Report of the Indian Hemp Drugs Commission, 1894-1895 - Volume III
Year: 1894
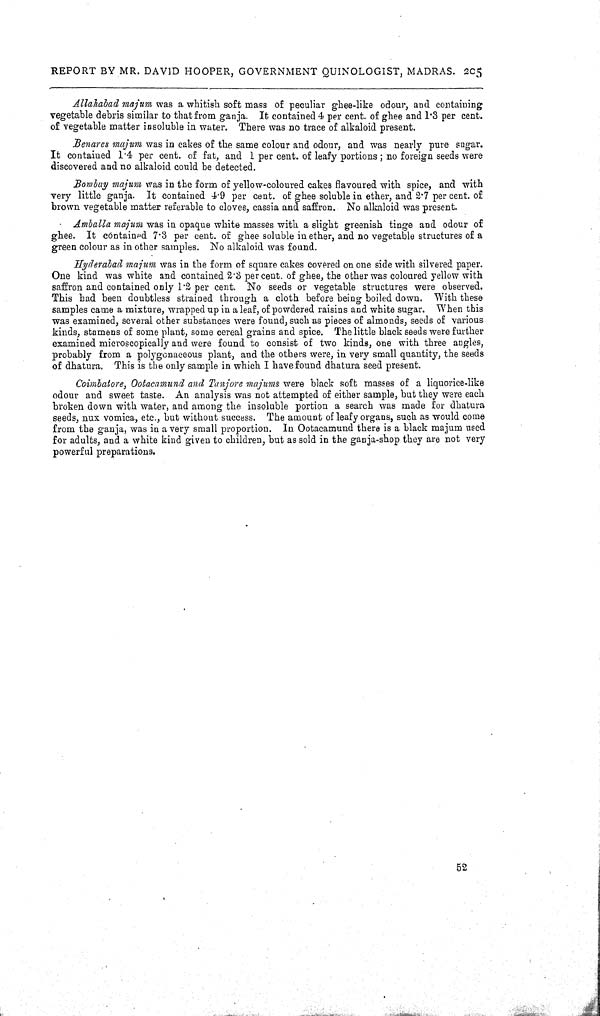
REPORT BY MR. DAVID HOOPER, GOVERNMENT QUINOLOGIST, MADRAS. 205
Allahabad majum was a whitish soft mass of peculiar ghee-like odour, and containing
vegetable debris similar to that from ganja. It contained 4 per cent. of ghee and 1.3 per cent.
of vegetable matter insoluble in water. There was no trace of alkaloid present.
Benares majum was in cakes of the same colour and odour, and was nearly pure sugar.
It contained 1.4 per cent. of fat, and 1 per cent. of leafy portions; no foreign seeds were
discovered and no alkaloid could be detected.
Bombay majum was in the form of yellow-coloured cakes flavoured with spice, and with
very little ganja. It contained 4.9 per cent. of ghee soluble in ether, and 2.7 per cent. of
brown vegetable matter referable to cloves, cassia and saffron. No alkaloid was present.
Amballa majum was in opaque white masses with a slight greenish tinge and odour of
ghee. It contained 7.3 per cent. of ghee soluble in ether, and no vegetable structures of a
green colour as in other samples. No alkaloid was found.
Hyderabad majum was in the form of square cakes covered on one side with silvered paper.
One kind was white and contained 2.3 per cent. of ghee, the other was coloured yellow with
saffron and contained only 1.2 per cent. No seeds or vegetable structures were observed.
This had been doubtless strained through a cloth before being boiled down. With these
samples came a mixture, wrapped up in a leaf, of powdered raisins and white sugar. When this
was examined, several other substances were found, such as pieces of almonds, seeds of various
kinds, stamens of some plant, some cereal grains and spice. The little black seeds were further
examined microscopically and were found to consist of two kinds, one with three angles,
probably from a polygonaceous plant, and the others were, in very small quantity, the seeds
of dhatura. This is the only sample in which I have found dhatura seed present.
Coimbatore, Ootacamund and Tanjore majums were black soft masses of a liquorice-like
odour and sweet taste. An analysis was not attempted of either sample, but they were each
broken down with water, and among the insoluble portion a search was made for dhatura
seeds, nux vomica, etc., but without success. The amount of leafy organs, such as would come
from the ganja, was in a very small proportion. In Ootacamund there is a black majum used
for adults, and a white kind given to children, but as sold in the ganja-shop they are not very
powerful preparations.
52